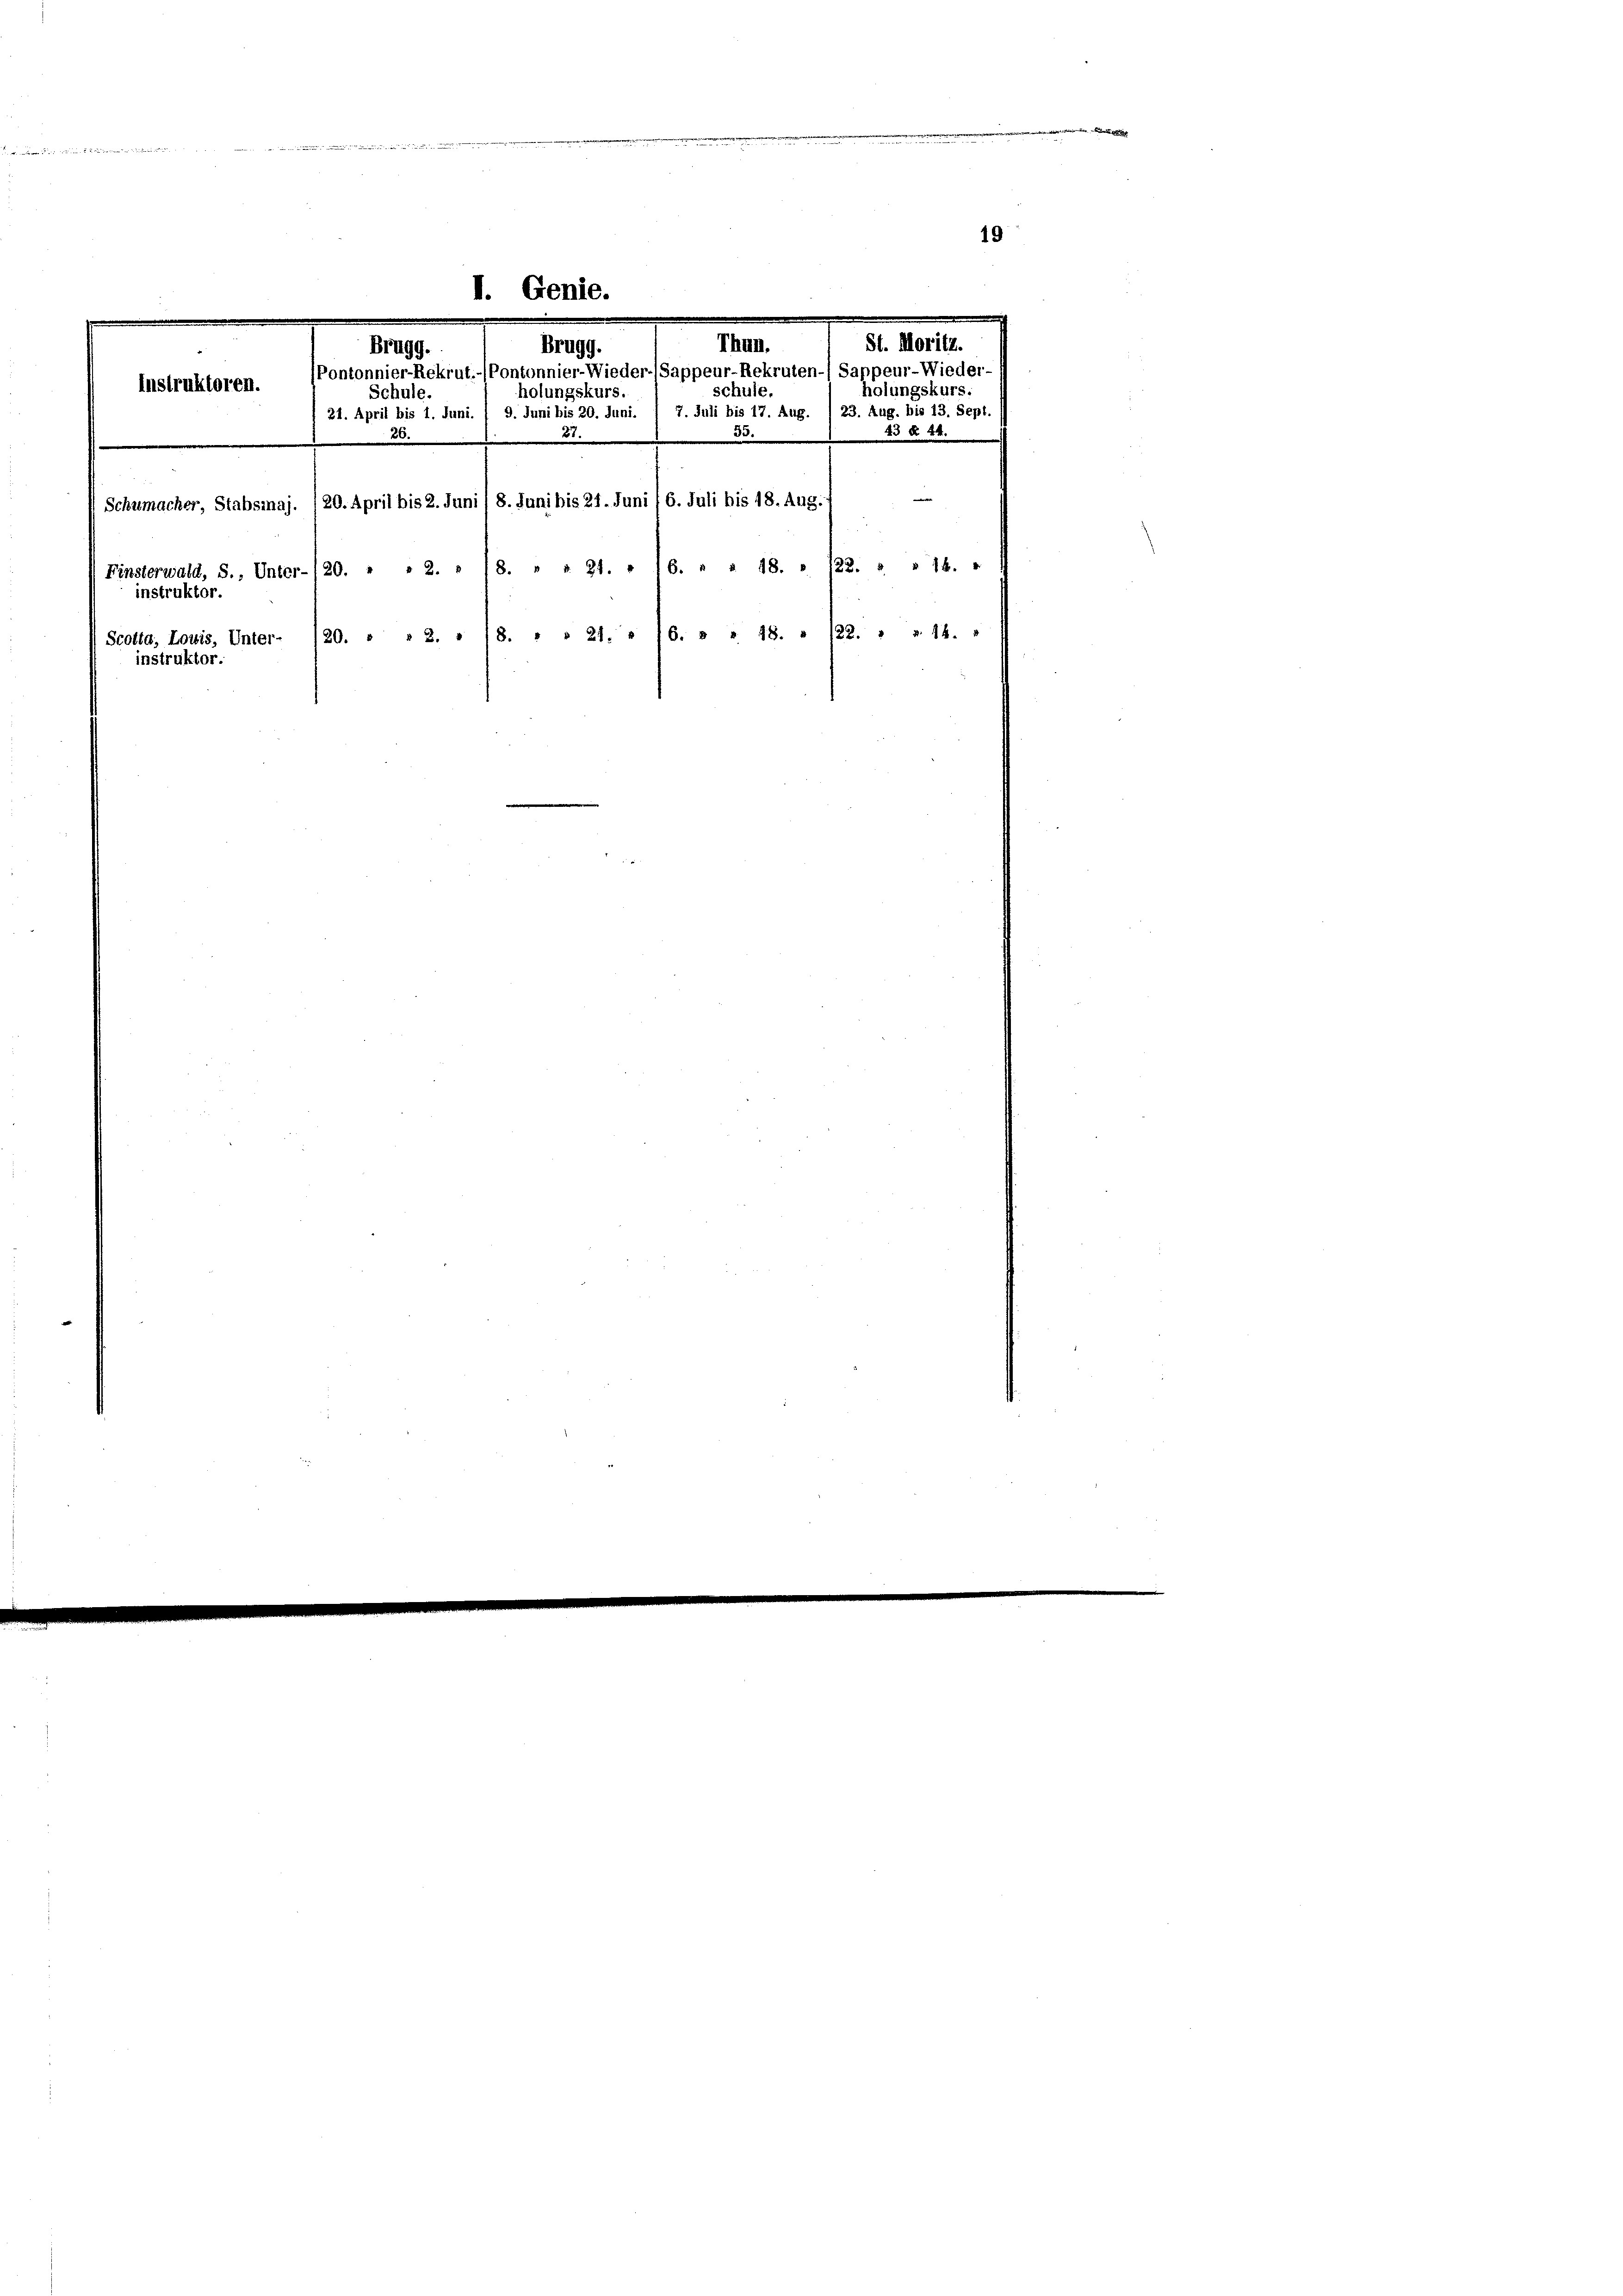
Schumacher, Stabsmaj.
instruktor.
Scotta, Louis, Unter-
instruktor.

St.
Thun.
Brugg.
schule
holungskurs.
7. Juli bis 17. Aug. / 23. Aug. bis 13. Sept.
 21. April bis 1. Juni. / 9. Juni bis 20. Juni.
33.
81
/20. April bis 2. Juni 8. Juni bis 24. Juni /6. Juli bis 18. Aug.
(Finsterwald, S., Unter-/20. . . 2. » 18. " " 21. . 16. » » 18. " 122. » » 14. "
20. " " 2. 1 (8. " " 21. » /6. » » 18. " 122. " » 14. 4

26.

Schule

I. Genie.
Brugg.
Instruktoren. (Pontonnier-Rekrut.-(Pontonnier-Wieder-Sappeur-Rekruten-/ Sappeur-Wieder-

holungskurs.
23 § 44.

e

den
19